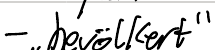
- "bevölkert"